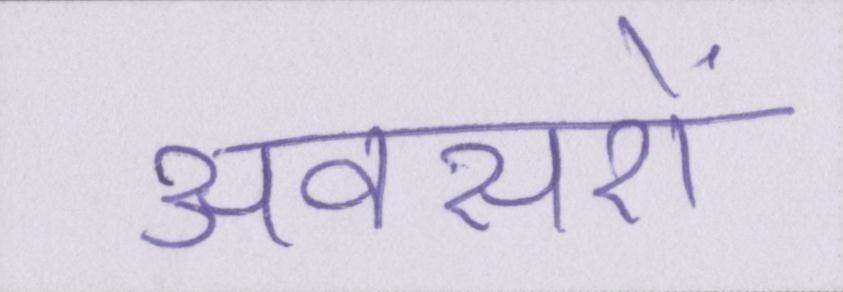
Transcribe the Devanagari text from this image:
अवसरों